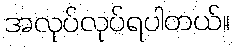
အလုပ်လုပ်ရပါတယ်။